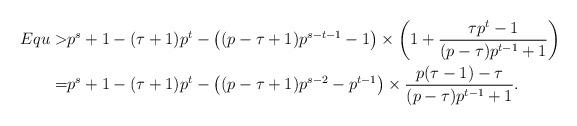
LaTeX: \begin{align*} Equ >& p^s+1-(\tau+1)p^t-\left( (p-\tau+1)p^{s-t-1}-1 \right)\times \left( 1+\frac{\tau p^t-1}{(p-\tau)p^{t-1}+1} \right) \\ = & p^s+1-(\tau+1)p^t-\left( (p-\tau+1)p^{s-2}-p^{t-1} \right)\times \frac{p(\tau-1)-\tau}{(p-\tau)p^{t-1}+1} .\end{align*}